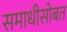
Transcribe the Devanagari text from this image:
समाधीसोबत